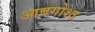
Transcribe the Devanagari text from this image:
आबगोश्त